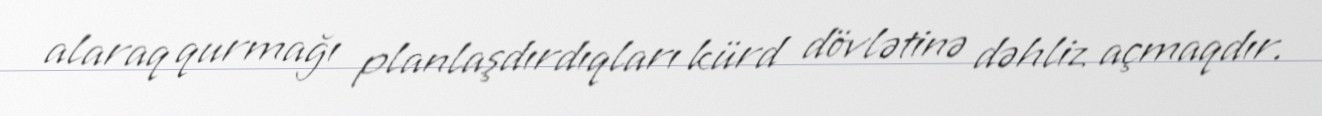
alaraq qurmağı planlaşdırdıqları kürd dövlətinə dəhliz açmaqdır.